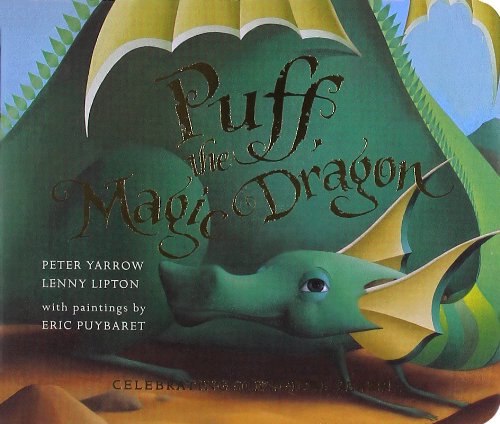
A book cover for Puff, the Magic Dragon; Peter Yarrow; Children's Books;